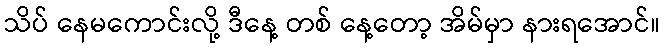
သိပ် နေမကောင်းလို့ ဒီနေ့ တစ် နေ့တော့ အိမ်မှာ နားရအောင်။